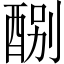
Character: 𨡊